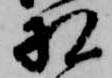
相